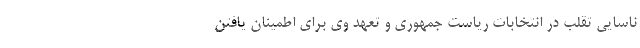
ناسایی تقلب در انتخابات ریاست جمهوری و تعهد وی برای اطمینان یافتن